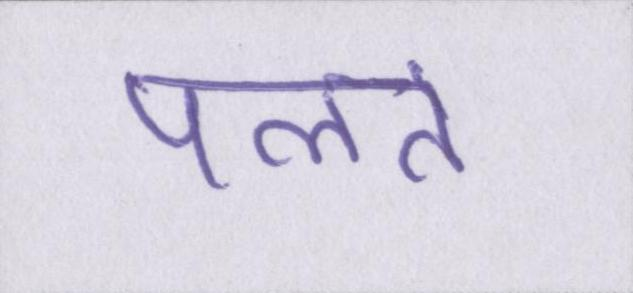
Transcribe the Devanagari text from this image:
पलते